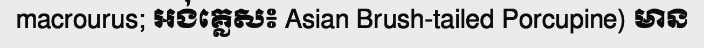
macrourus; អង់គ្លេស៖ Asian Brush-tailed Porcupine) មាន